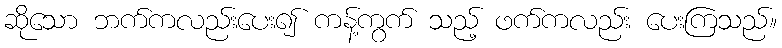
ဆိုသော ဘက်ကလည်းပေး၍ ကန့်ကွက် သည့် ဖက်ကလည်း ပေးကြသည်။